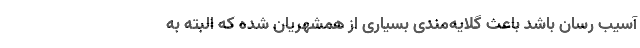
آسیب رسان باشد باعث گلایه‌مندی بسیاری از همشهریان شده که البته به